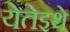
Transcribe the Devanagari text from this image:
येतेइथे